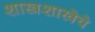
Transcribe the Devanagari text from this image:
शास्त्रशाखेचे